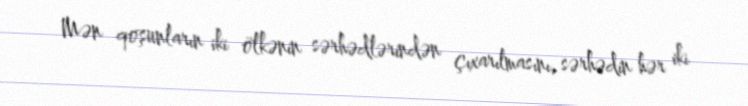
Mən qoşunların iki ölkənin sərhədlərindən çıxarılmasını, sərhədin hər iki